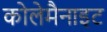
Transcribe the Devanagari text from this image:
कोलेमैनाइट